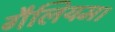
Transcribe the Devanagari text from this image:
गैलियम।